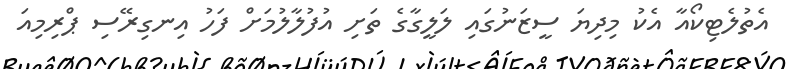
އެތުލެޓިކޯއާ އެކު މިދިޔަ ސީޒަނުގައި ލަލީގާގެ ތަށި އުފުލާލުމަށް ފަހު އިނގިރޭސި ޕްރިމިއަ